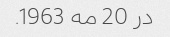
در 20 مه 1963.